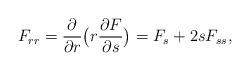
LaTeX: \begin{align*}F_{rr}=\frac{\partial}{\partial r}\big(r\frac{\partial F}{\partial s}\big)=F_s+2s F_{ss},\end{align*}